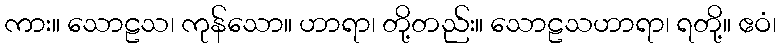
ကား။ သောဠသ၊ ကုန်သော။ ဟာရာ၊ တို့တည်း။ သောဠသဟာရာ၊ ရတို့။ ဧဝံ၊